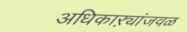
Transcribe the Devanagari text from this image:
अधिकाऱ्यांजवळ